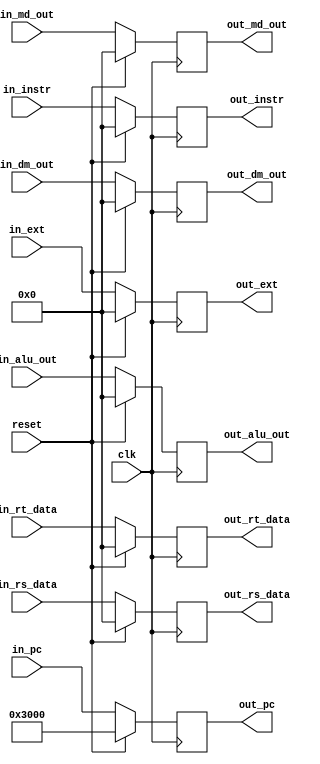
module W_reg (
    input clk,
    input reset,

    input [31:0] in_pc,
    input [31:0] in_instr,
    input [31:0] in_rs_data,
    input [31:0] in_rt_data,
    input [31:0] in_ext,
    input [31:0] in_alu_out,
    input [31:0] in_dm_out,
    input [31:0] in_md_out,

    output [31:0] out_pc,
    output [31:0] out_instr,
    output [31:0] out_rs_data,
    output [31:0] out_rt_data,
    output [31:0] out_ext,
    output [31:0] out_alu_out,
    output [31:0] out_dm_out,
    output [31:0] out_md_out
);
    reg [31:0] pc_W;
    reg [31:0] instr_W;
    reg [31:0] rs_data_W;
    reg [31:0] rt_data_W;
    reg [31:0] ext_W;
    reg [31:0] alu_out_W;
    reg [31:0] dm_out_W;
    reg [31:0] md_out_W;

    assign out_pc      = pc_W;
    assign out_instr   = instr_W;
    assign out_rs_data = rs_data_W;
    assign out_rt_data = rt_data_W;
    assign out_ext     = ext_W;
    assign out_alu_out = alu_out_W;
    assign out_dm_out  = dm_out_W;
    assign out_md_out  = md_out_W;

    always @(posedge clk) begin
        if (reset) begin
            pc_W      <= 32'h3000;
            instr_W   <= 32'b0;
            rs_data_W <= 32'b0;
            rt_data_W <= 32'b0;
            ext_W     <= 32'b0;
            alu_out_W <= 32'b0;
            dm_out_W  <= 32'b0;
            md_out_W  <= 32'b0;
        end else begin
            pc_W      <= in_pc;
            instr_W   <= in_instr;
            rs_data_W <= in_rs_data;
            rt_data_W <= in_rt_data;
            ext_W     <= in_ext;
            alu_out_W <= in_alu_out;
            dm_out_W  <= in_dm_out;
            md_out_W  <= in_md_out;
        end
    end

endmodule